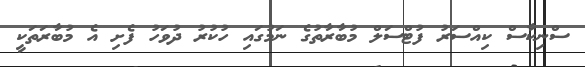
ސްނިކާސް ކިއްސަރު ފުޓްސަލް މުބާރާތުގެ ނަމުގައި ހުކުރު ދުވަހު ފެށި އެ މުބާރަތަކީ